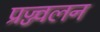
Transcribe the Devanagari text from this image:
प्रज्ज्वलन